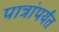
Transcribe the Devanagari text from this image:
पात्रांपर्यंत